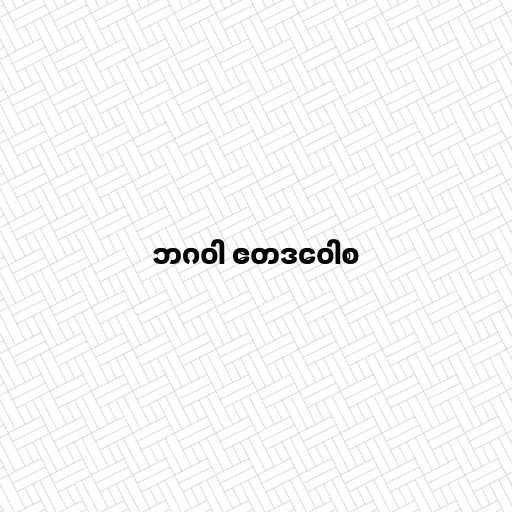
ဘဂဝါ ဧတဒဝေါစ